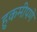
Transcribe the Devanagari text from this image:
हुकमीपणे